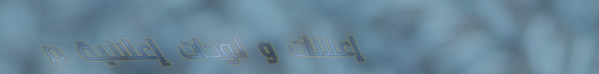
إعلانات و لوحات إعلانية م